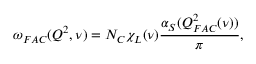
\omega _ { F A C } ( Q ^ { 2 } , \nu ) = N _ { C } \chi _ { L } ( \nu ) \frac { \alpha _ { S } ( Q _ { F A C } ^ { 2 } ( \nu ) ) } { \pi } ,